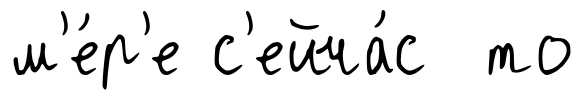
м'е́р'е с'ейча́с то